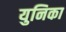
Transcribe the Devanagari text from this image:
युनिका